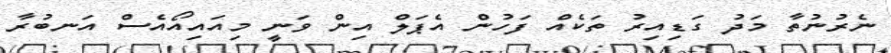
ނެރުނުތާ މަދު ގަޑިއިރު ތަކެއް ފަހުން އެޕަލް އިން ވަނީ މިއައިއޯއެސް އަނބުރާ